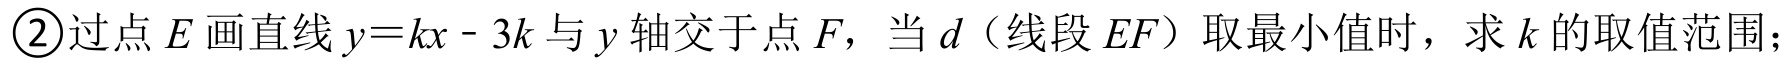
\textcircled{2}过点\(E\)画直线\(y = kx - 3k\)与\(y\)轴交于点\(F\)，当\(d\)（线段\(EF\)）取最小值时，求\(k\)的取值范围；